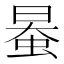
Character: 𧋯